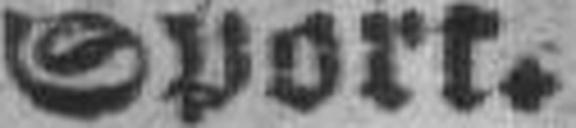
Sport.